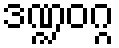
ဒဏ္ဍဝဂ္ဂ